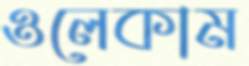
ওলেকাম